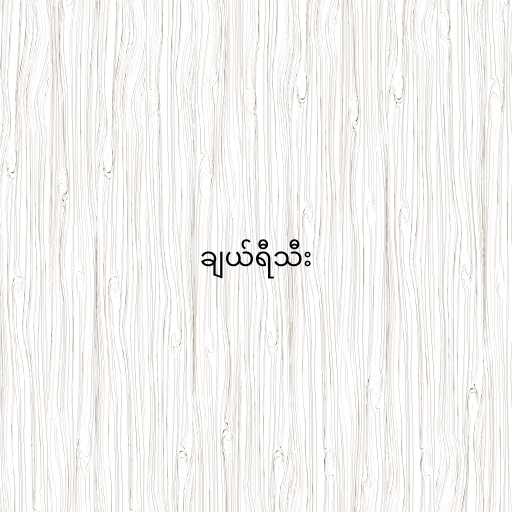
ချယ်ရီသီး